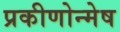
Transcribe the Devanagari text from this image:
प्रकीणोन्मेष